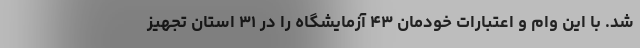
شد. با این وام و اعتبارات خودمان ۴۳ آزمایشگاه را در ۳۱ استان تجهیز